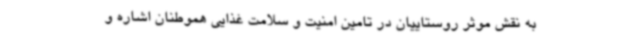
به نقش موثر روستاییان در تامین امنیت و سلامت غذایی هموطنان اشاره و